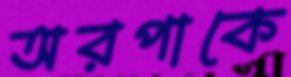
অরপাকে